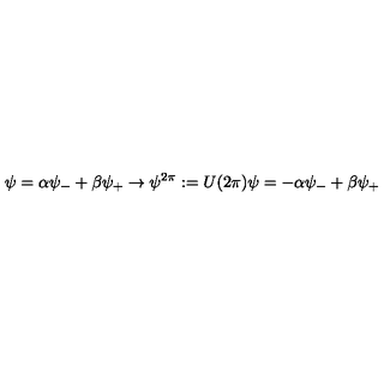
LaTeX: \psi = \alpha \psi _ { - } + \beta \psi _ { + } \rightarrow \psi ^ { 2 \pi } : = U ( 2 \pi ) \psi = - \alpha \psi _ { - } + \beta \psi _ { + }